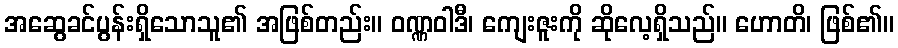
အဆွေခင်ပွန်းရှိသောသူ၏ အဖြစ်တည်း။ ဝဏ္ဏဝါဒီ၊ ကျေးဇူးကို ဆိုလေ့ရှိသည်။ ဟောတိ၊ ဖြစ်၏။